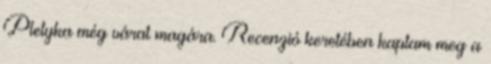
Pletyka még várat magára. Recenzió keretében kaptam meg a